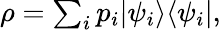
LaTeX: \begin{array}{r}{\rho=\sum_{i}p_{i}|\psi_{i}\rangle\langle\psi_{i}|,}\end{array}